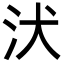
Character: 汱